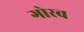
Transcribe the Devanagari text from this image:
गोरव